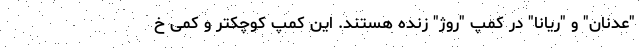
"عدنان" و "ریانا" در کمپ "روژ" زنده هستند. این کمپ کوچکتر و کمی خ